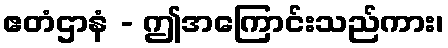
ဧတံဌာနံ - ဤအကြောင်းသည်ကား၊